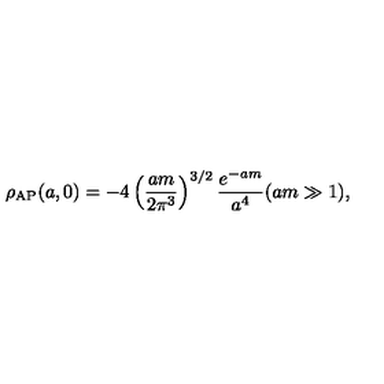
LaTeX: \rho _ { \mathrm { \tiny A P } } ( a , 0 ) = - 4 \left( { \frac { a m } { 2 \pi ^ { 3 } } } \right) ^ { 3 / 2 } { \frac { e ^ { - a m } } { a ^ { 4 } } } ( a m \gg 1 ) ,